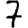
Digit: 7